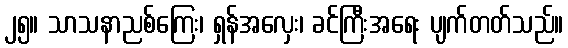
၂၅။ သာသနာညစ်ကြေး၊ ရှန်အလှေး၊ ခင်ကြီးအရေး ပျက်တတ်သည်။